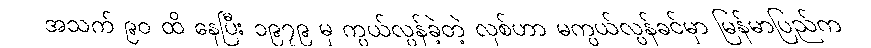
အသက် ၉၀ ထိ နေပြီး ၁၉၇၉ မှ ကွယ်လွန်ခဲ့တဲ့ လုစ်ဟာ မကွယ်လွန်ခင်မှာ မြန်မာပြည်က